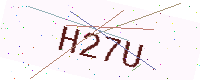
Text: H27U